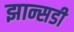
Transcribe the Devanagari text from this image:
झान्सडी